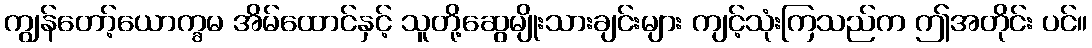
ကျွန်တော့်ယောက္ခမ အိမ်ထောင်နှင့် သူတို့ဆွေမျိုးသားချင်းများ ကျင့်သုံးကြသည်က ဤအတိုင်း ပင်။